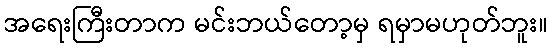
အရေးကြီးတာက မင်းဘယ်တော့မှ ရမှာမဟုတ်ဘူး။